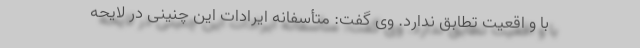
با و اقعیت تطابق ندارد. وی گفت: ‌متأسفانه ایرادات این چنینی در لایحه